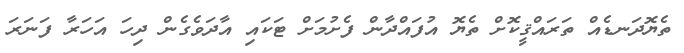
ތެޔޮދަނޑެއް ތަރައްޤީކޮށް ތެޔޮ އުފައްދާން ފެށުމަށް ޓަކައި އާދަވެގެން ދިހަ އަހަރާ ފަނަރަ